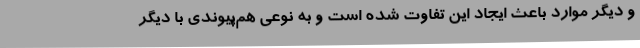
و دیگر موارد باعث ایجاد این تفاوت شده است و به نوعی هم‌پیوندی با دیگر